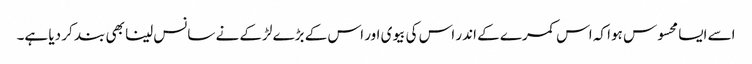
اسے ایسا محسوس ہوا کہ اس کمرے کے اندر اس کی بیوی اور اس کے بڑے لڑکے نے سانس لینا بھی بند کر دیا ہے۔